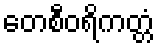
တေစီဝရိကတ္တံ